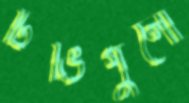
টিভিগুলো